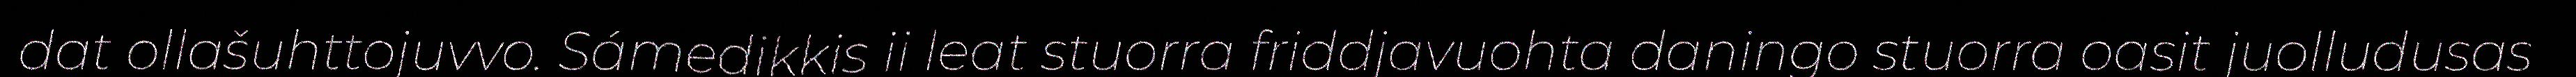
dat ollašuhttojuvvo. Sámedikkis ii leat stuorra friddjavuohta daningo stuorra oasit juolludusas